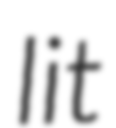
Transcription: lit